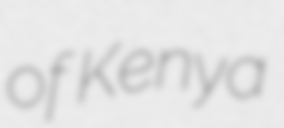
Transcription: of Kenya